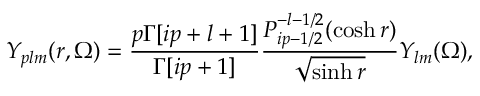
Y _ { p l m } ( r , \Omega ) = \frac { p \Gamma [ i p + l + 1 ] } { \Gamma [ i p + 1 ] } \frac { P _ { i p - 1 / 2 } ^ { - l - 1 / 2 } ( \cosh r ) } { \sqrt { \sinh r } } Y _ { l m } ( \Omega ) ,